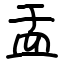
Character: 盂